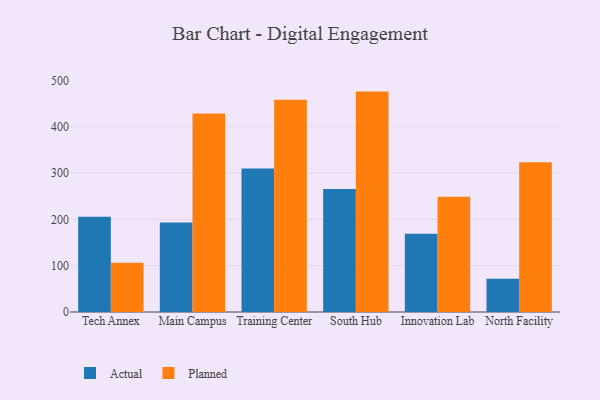
{"axis": {"x": "Campus", "y": "Satisfaction Score"}, "legend": ["Actual", "Planned"], "data": [{"x": "Tech Annex", "y": 205.7, "type": "Actual"}, {"x": "Tech Annex", "y": 106.5, "type": "Planned"}, {"x": "Main Campus", "y": 193.0, "type": "Actual"}, {"x": "Main Campus", "y": 428.6, "type": "Planned"}, {"x": "Training Center", "y": 309.6, "type": "Actual"}, {"x": "Training Center", "y": 458.0, "type": "Planned"}, {"x": "South Hub", "y": 265.6, "type": "Actual"}, {"x": "South Hub", "y": 475.7, "type": "Planned"}, {"x": "Innovation Lab", "y": 168.8, "type": "Actual"}, {"x": "Innovation Lab", "y": 248.5, "type": "Planned"}, {"x": "North Facility", "y": 71.6, "type": "Actual"}, {"x": "North Facility", "y": 323.0, "type": "Planned"}]}